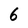
Character: 6